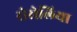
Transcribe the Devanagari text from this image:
रोसेलिया